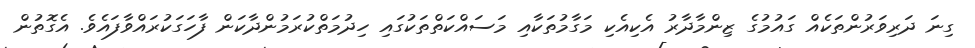
ގިނަ ދަރިވަރުންތަކެއް ގައުމުގެ ޒިންމާދާރު އެކިއެކި މަގާމުތަކާއި މަސައްކަތްތަކުގައި ހިދުމަތްކުރަމުންދާކަން ފާހަގަކުރައްވާފައެވެ. އެގޮތުން